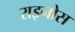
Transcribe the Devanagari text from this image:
राइनोस